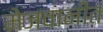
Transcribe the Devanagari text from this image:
मेजवानीत